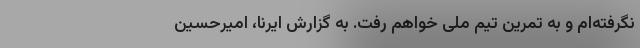
نگرفته‌ام و به تمرین تیم ملی خواهم رفت. به گزارش ایرنا، امیرحسین